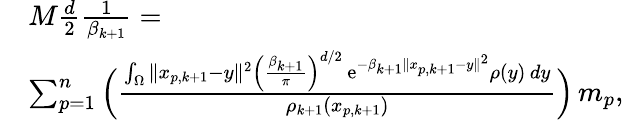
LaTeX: \begin{array}{rl}&{M\frac{d}{2}\frac{1}{\beta_{k+1}}=}\\ &{\sum_{p=1}^{n}\Big(\frac{\int_{\Omega}\| x_{p,k+1}-y\| ^{2}\Big(\frac{\beta_{k+1}}{\pi}\Big)^{d/2}\, \mathrm{e}^{-\beta_{k+1}\| x_{p,k+1}-y\| ^{2}}\rho(y)\, dy}{\rho_{k+1}(x_{p,k+1})}\Big)\, m_{p},}\end{array}